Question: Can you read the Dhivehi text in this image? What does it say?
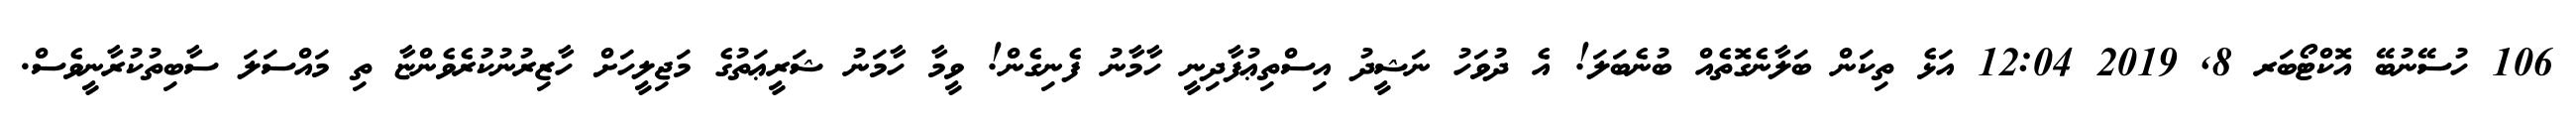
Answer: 106 ހުސޭނުބޭ އޮކްޓޯބަރ 8, 2019 12:04 އަޅެ ތިކަން ބަލާނެގޮތެއް ބުނެބަލަ! އެ ދުވަހު ނަޝީދު އިސްތިޢުފާދިނީ ހާމާނު ފެނިގެން! ވީމާ ހާމަނު ޝަރީޢަތުގެ މަޖިލީހަށް ހާޒިރުނުކުރެވެންޏާ ތި މައްސަލަ ސާބިތުކުރާނީވެސް.